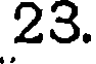
23.